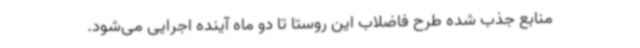
منابع جذب شده طرح فاضلاب این روستا تا دو ماه آینده اجرایی می‌شود.